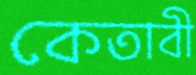
কেতাবী